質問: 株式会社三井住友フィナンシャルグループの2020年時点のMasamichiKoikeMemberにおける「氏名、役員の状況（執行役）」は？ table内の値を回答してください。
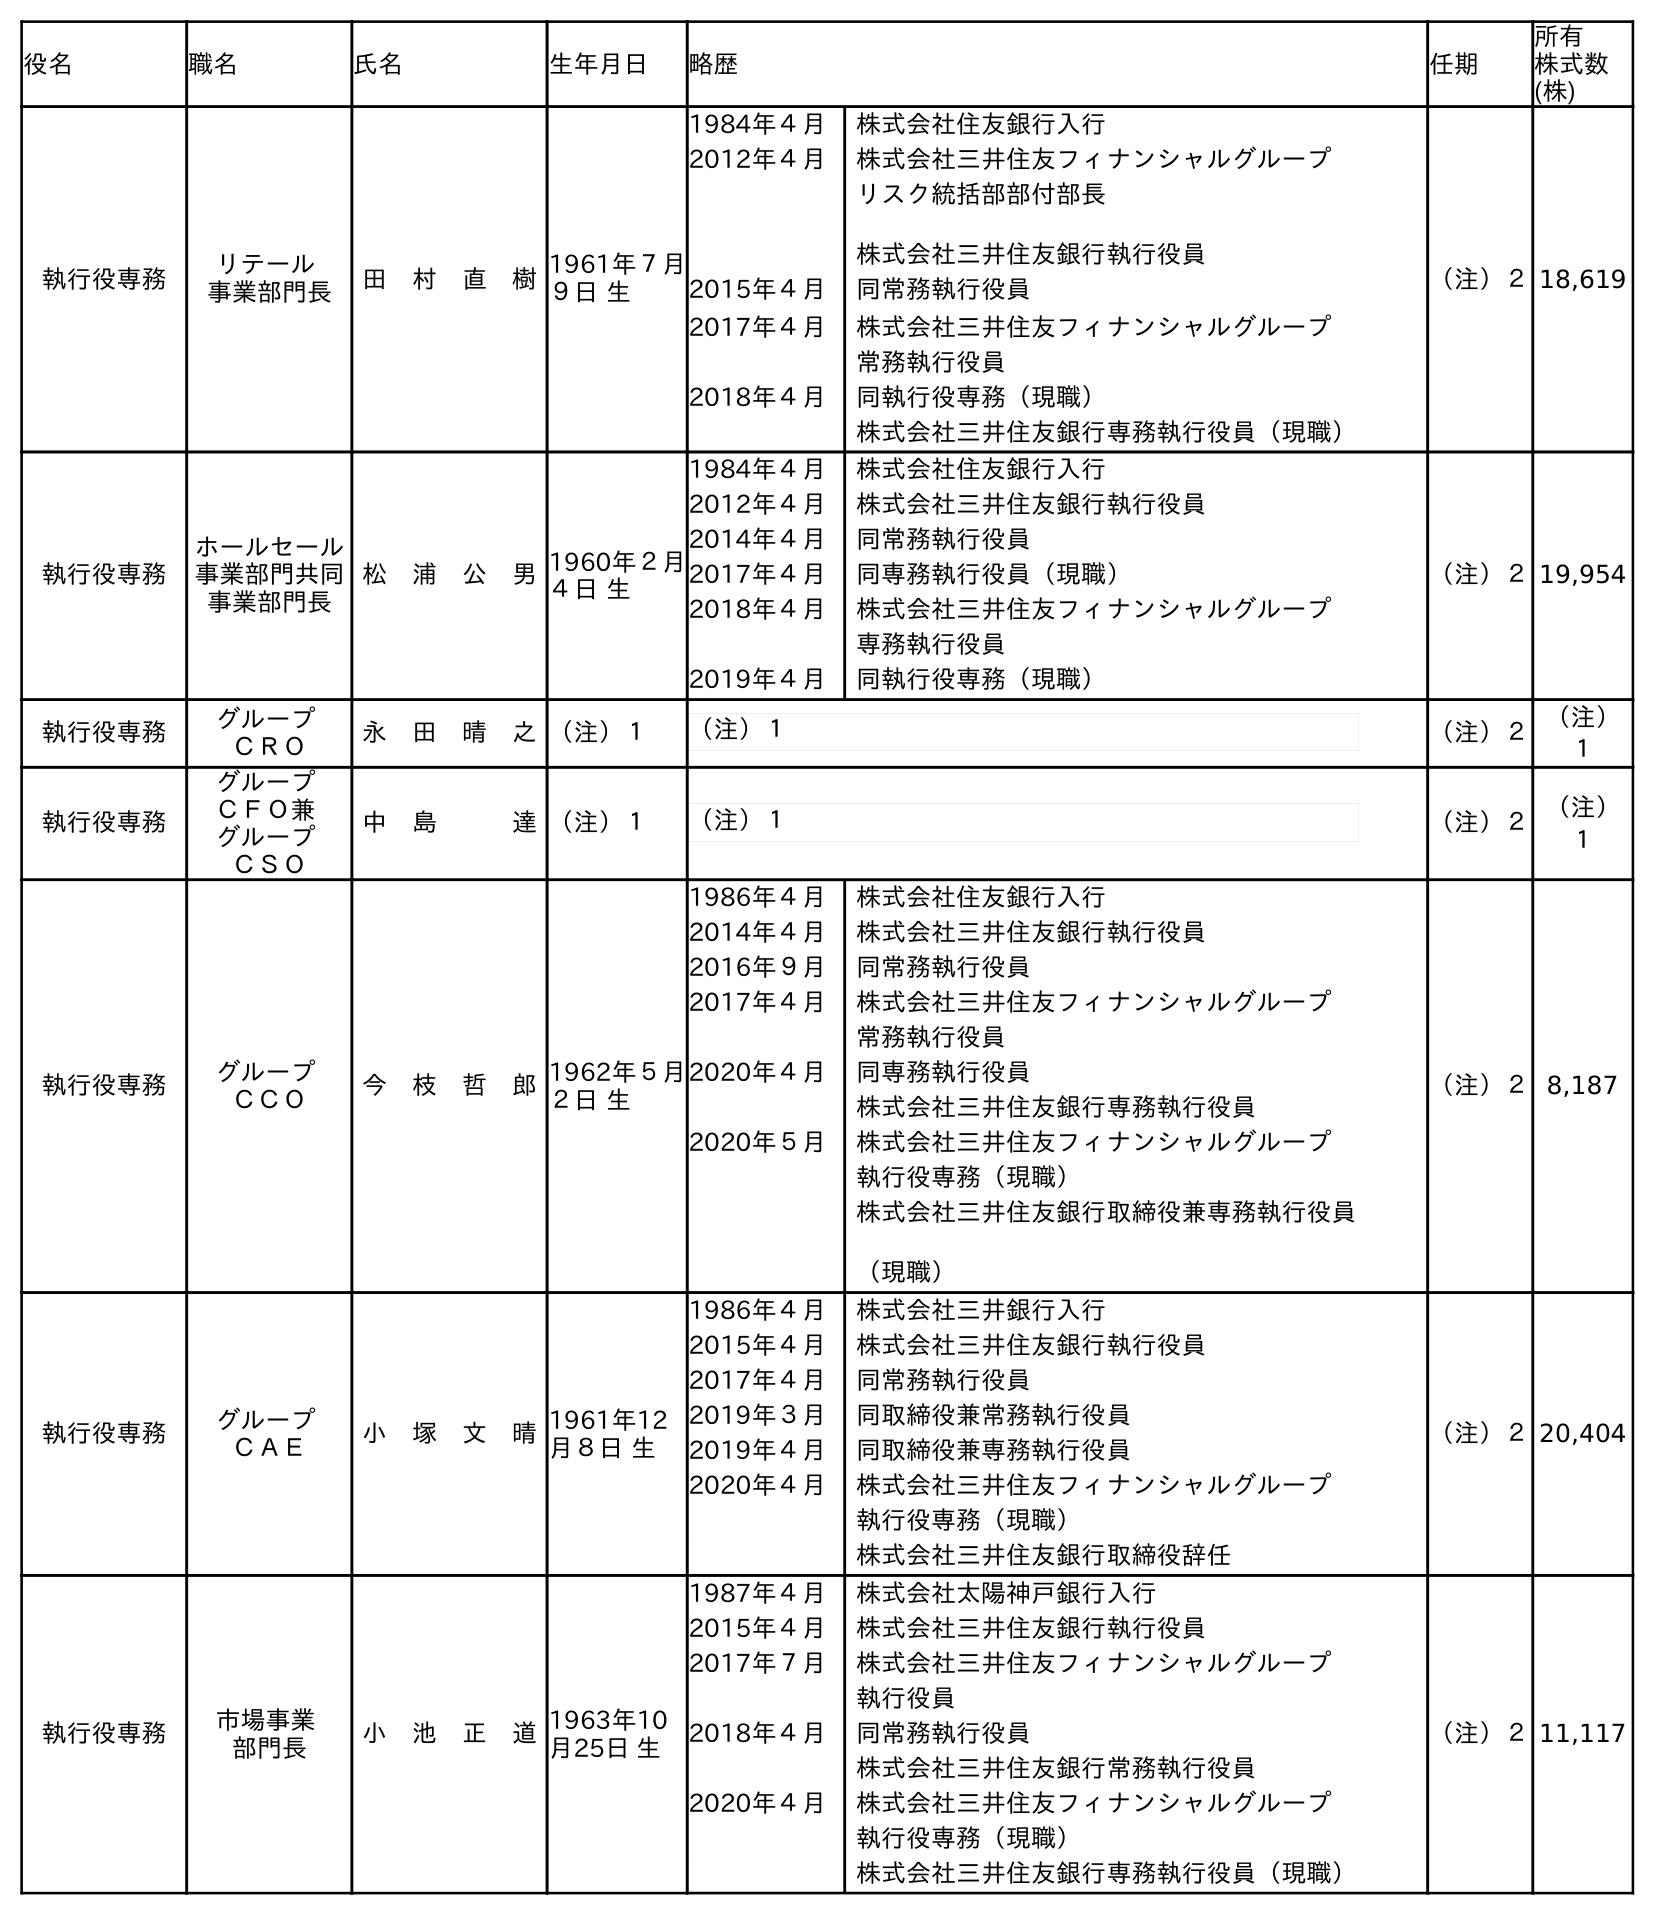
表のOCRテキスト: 役名 職名 氏名 生年月日 略歴 任期 所有 株式数 (株) 執行役専務 リテール 事業部門長 田 村 直 樹1961年７月 ９日 生 1984年４月 株式会社住友銀行入行 2012年４月 株式会社三井住友フィナンシャルグループ リスク統括部部付部長 株式会社三井住友銀行執行役員 2015年４月 同常務執行役員 2017年４月 株式会社三井住友フィナンシャルグループ 常務執行役員 2018年４月 同執行役専務（現職） 株式会社三井住友銀行専務執行役員（現職） （注）２18,619 執行役専務 ホールセール 事業部門共同 事業部門長 松 浦 公 男1960年２月 ４日 生 1984年４月 株式会社住友銀行入行 2012年４月 株式会社三井住友銀行執行役員 2014年４月 同常務執行役員 2017年４月 同専務執行役員（現職） 2018年４月 株式会社三井住友フィナンシャルグループ 専務執行役員 2019年４月 同執行役専務（現職） （注）２19,954 執行役専務 グループ ＣＲＯ 永 田 晴 之（注）１ （注）１ （注）２（注） １ 執行役専務 グループ ＣＦＯ兼 グループ ＣＳＯ 中 島   達（注）１ （注）１ （注）２（注） １ 執行役専務 グループ ＣＣＯ 今 枝 哲 郎1962年５月 ２日 生 1986年４月 株式会社住友銀行入行 2014年４月 株式会社三井住友銀行執行役員 2016年９月 同常務執行役員 2017年４月 株式会社三井住友フィナンシャルグループ 常務執行役員 2020年４月 同専務執行役員 株式会社三井住友銀行専務執行役員 2020年５月 株式会社三井住友フィナンシャルグループ 執行役専務（現職） 株式会社三井住友銀行取締役兼専務執行役員 （現職） （注）２8,187 執行役専務 グループ ＣＡＥ 小 塚 文 晴1961年12 月８日 生 1986年４月 株式会社三井銀行入行 2015年４月 株式会社三井住友銀行執行役員 2017年４月 同常務執行役員 2019年３月 同取締役兼常務執行役員 2019年４月 同取締役兼専務執行役員 2020年４月 株式会社三井住友フィナンシャルグループ 執行役専務（現職） 株式会社三井住友銀行取締役辞任 （注）２20,404 執行役専務 市場事業 部門長 小 池 正 道1963年10 月25日 生 1987年４月 株式会社太陽神戶銀行入行 2015年４月 株式会社三井住友銀行執行役員 2017年７月 株式会社三井住友フィナンシャルグループ 執行役員 2018年４月 同常務執行役員 株式会社三井住友銀行常務執行役員 2020年４月 株式会社三井住友フィナンシャルグループ 執行役専務（現職） 株式会社三井住友銀行専務執行役員（現職） （注）２11,117
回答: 小　池　正　道